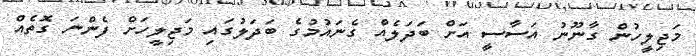
މަޖިލީހުން ގާނޫނު އަސާސީ އަށް ބަދަލެއް ގެނައުމުގެ ބަދަލުގައި މަޖިލީހަށް ފެންނަ ގޮތެއް